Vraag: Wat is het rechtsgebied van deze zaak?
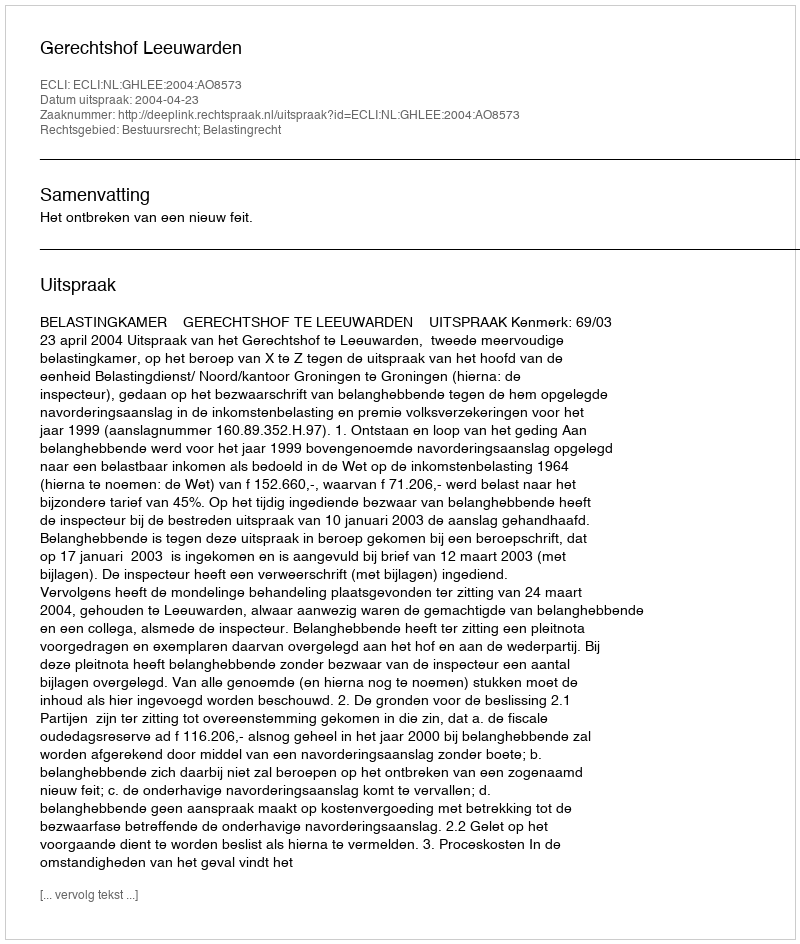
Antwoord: Bestuursrecht; Belastingrecht